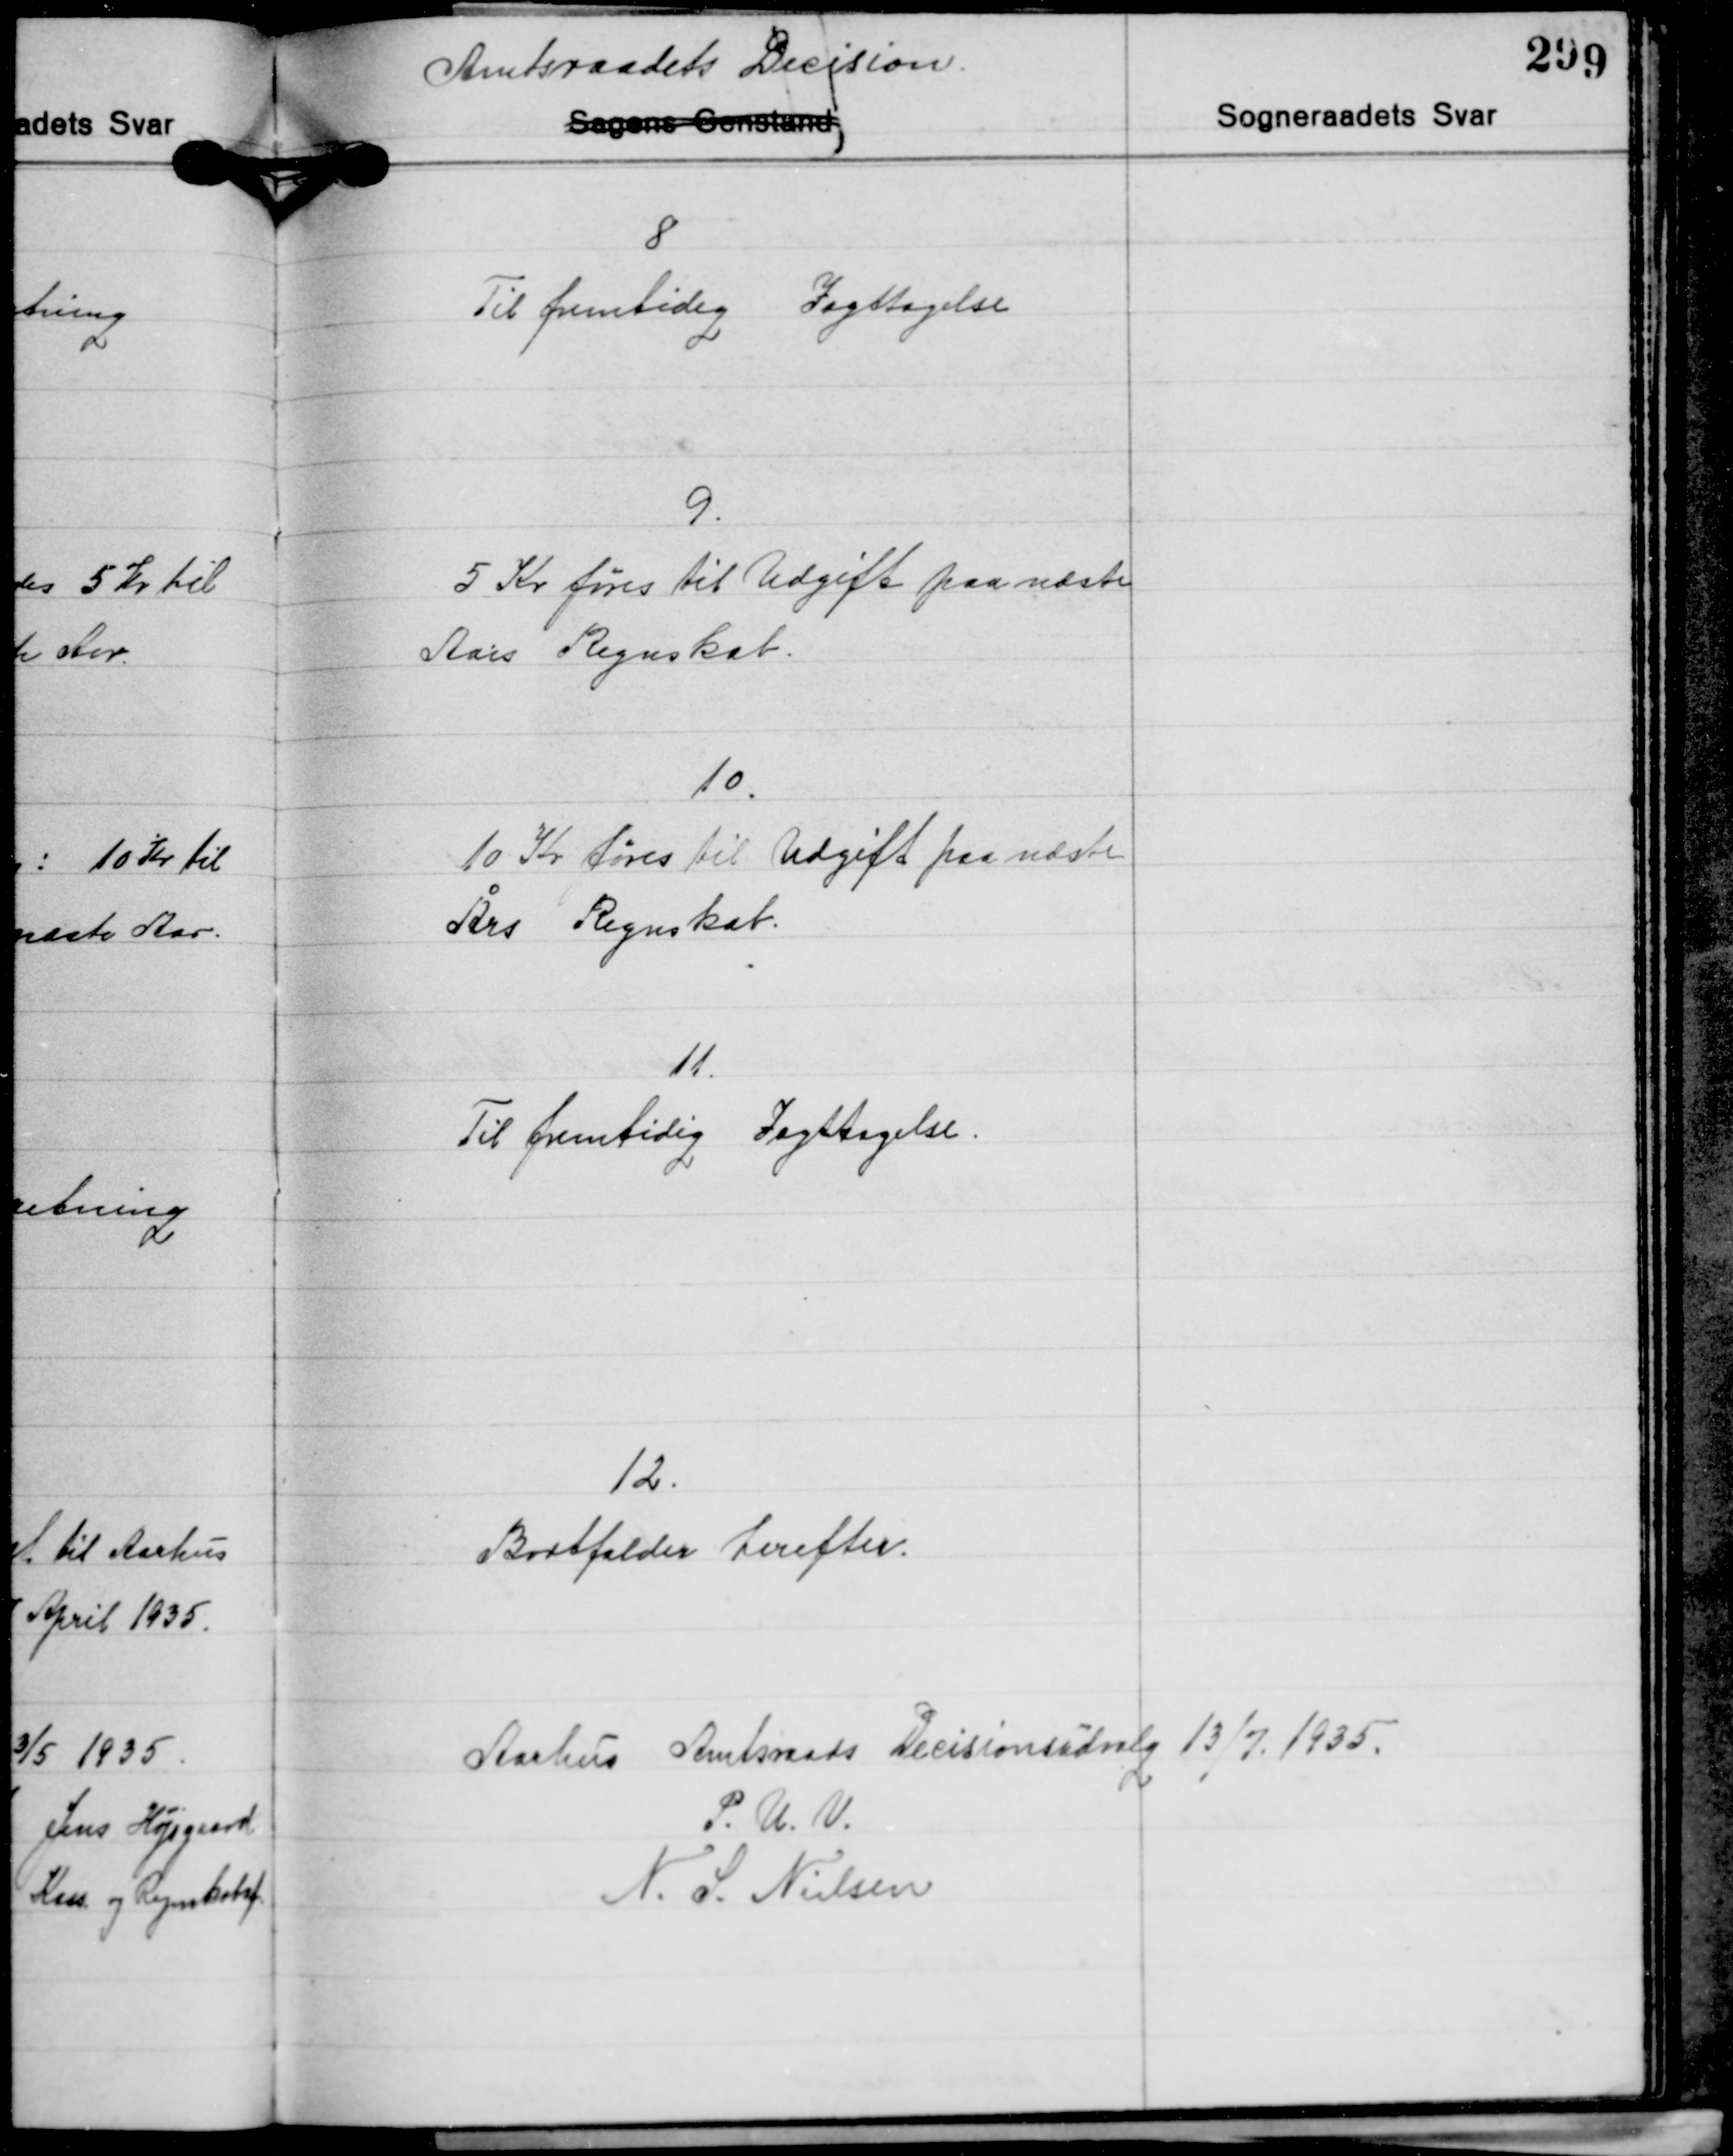
Transskription:
8
Til fremtidig Iagttagelse

9.
5 Kr. føres til Udgift paa næste
Aars Regnskab.

10.
10 Kr. føres til Udgift paa næste
Ars Regnskab.

11.
Til fremtidig Iagttagelse.

12.
Bortfalder herefter.

Aarhus Amtsraads Decisionsudvalg 13/7 1935.
P. U. V.
N. S. Nielsen